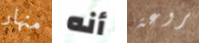
منهار أنه بروعة